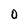
Character: 0